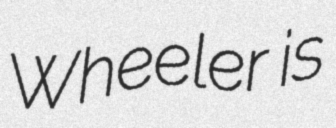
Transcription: Wheeler is